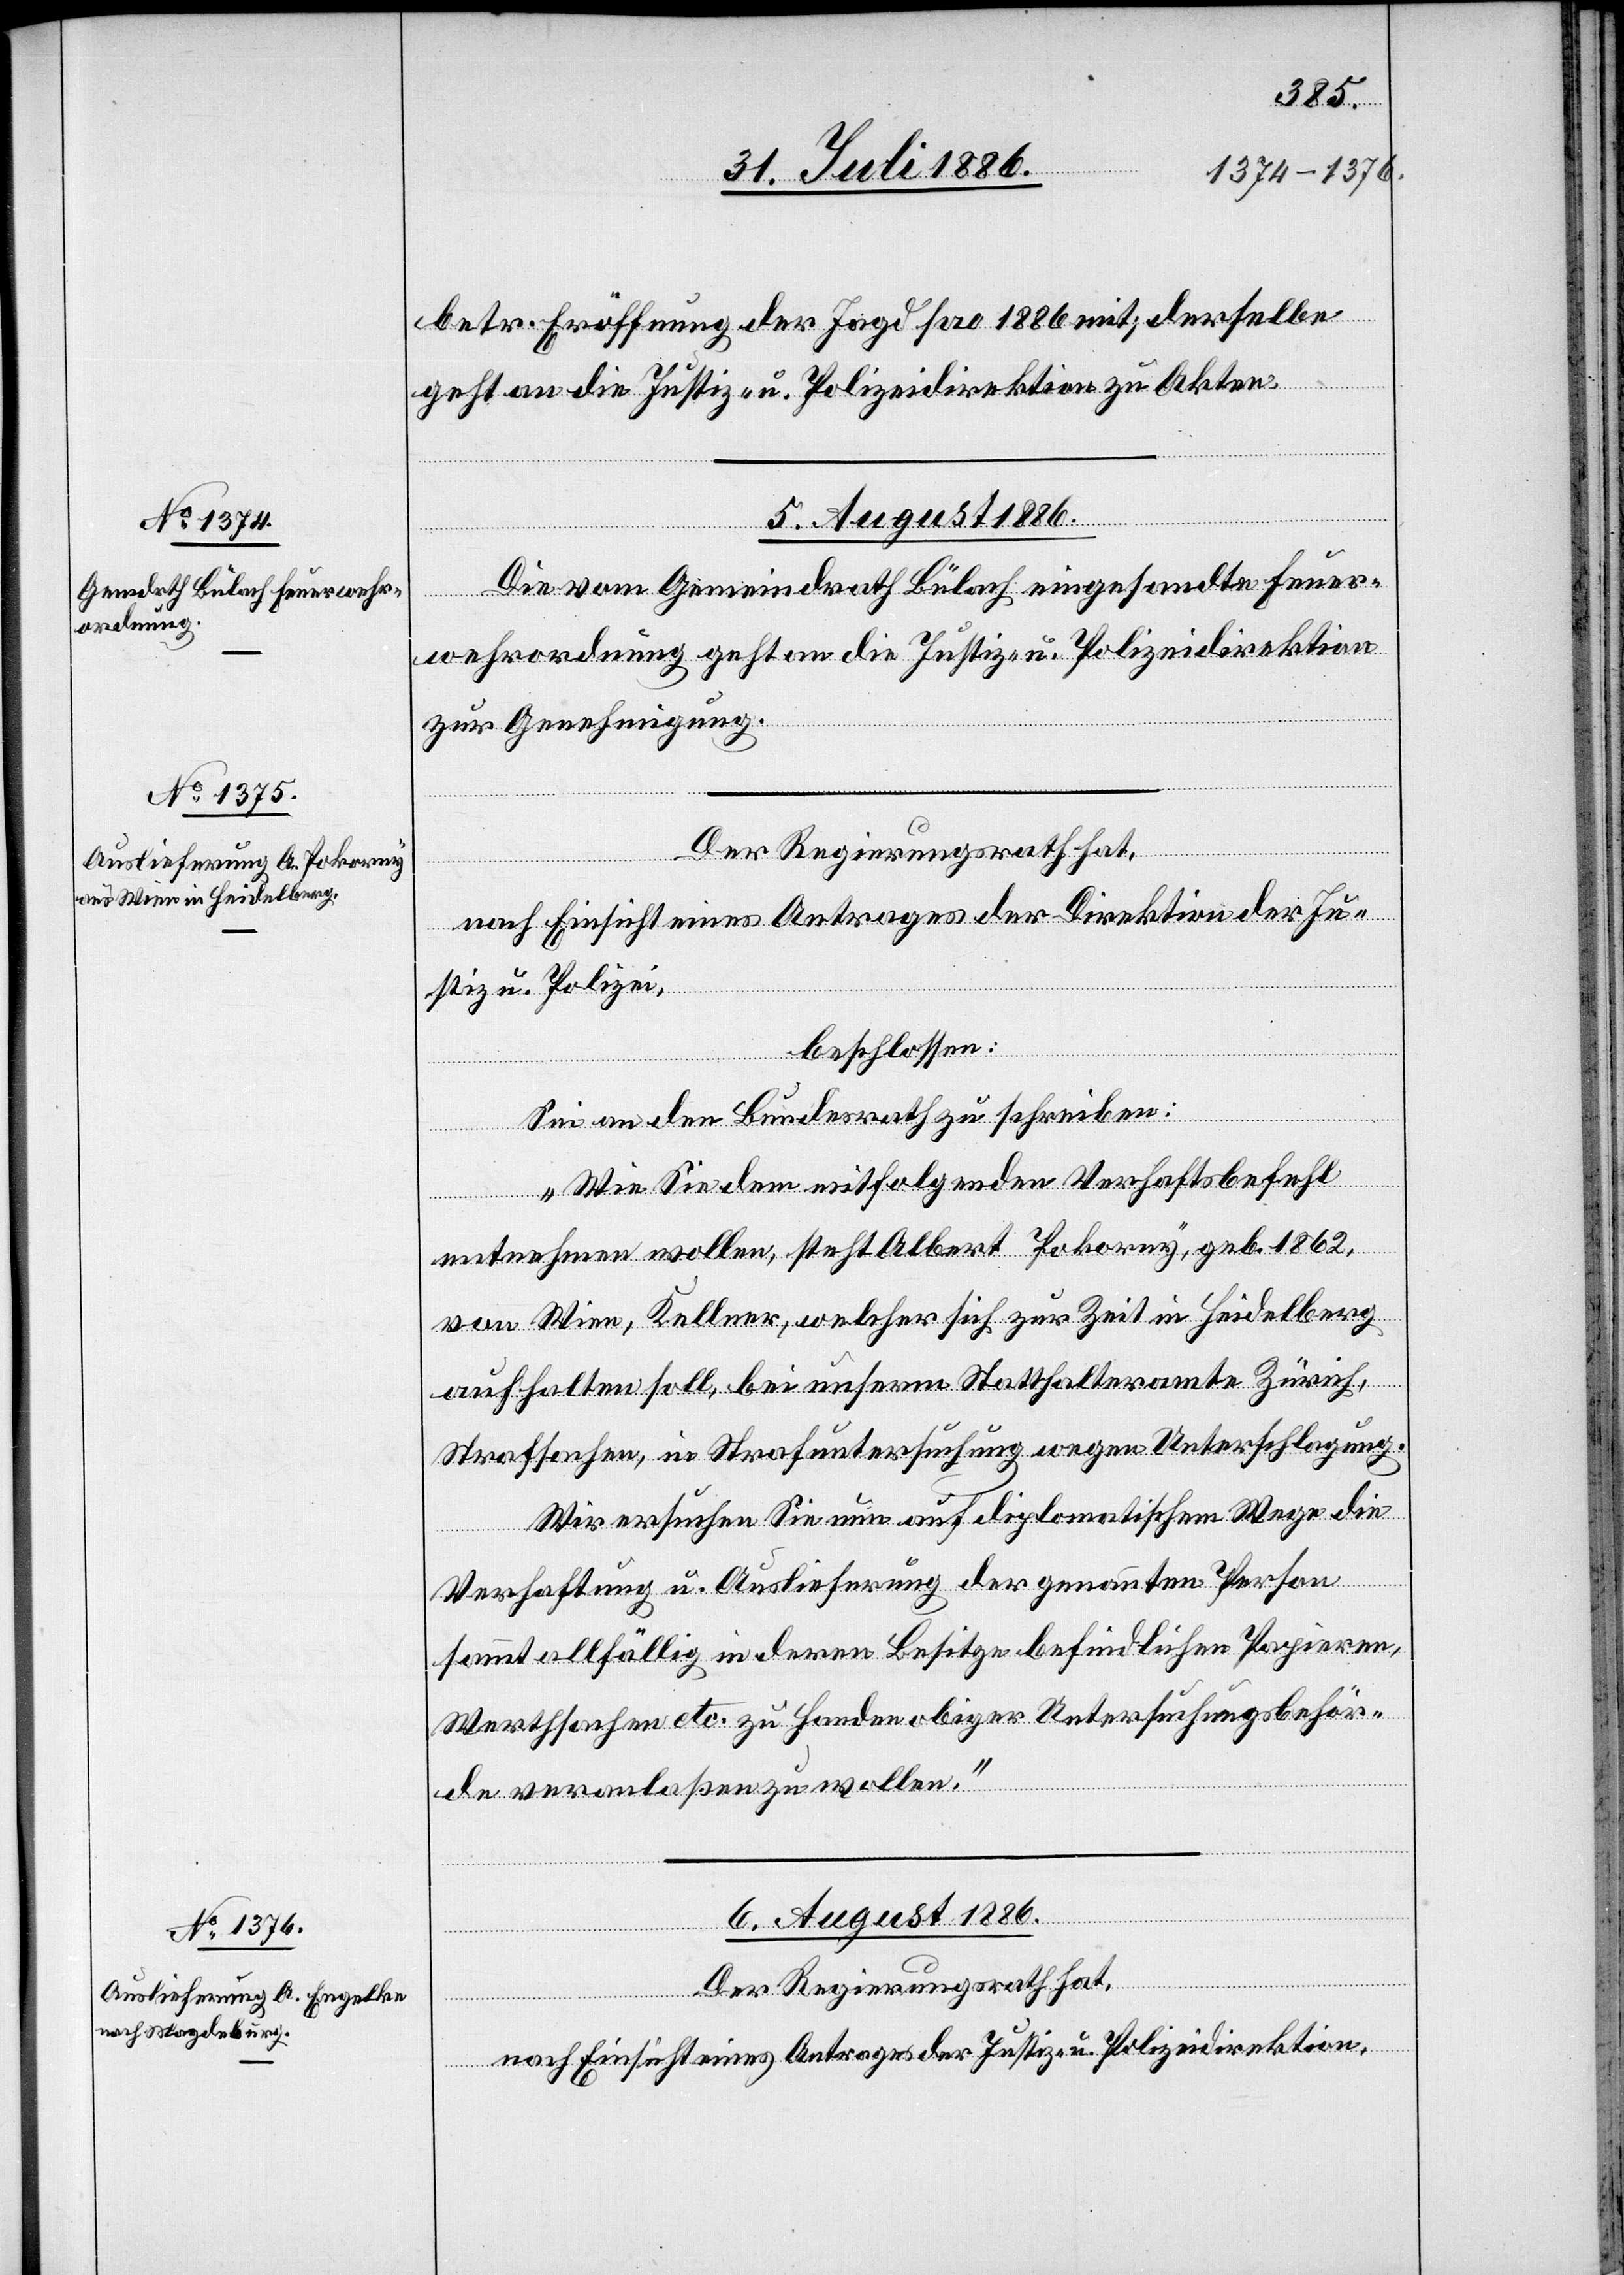
betr. Eröffnung der Jagd pro 1886 mit; derselbe
geht an die Justiz- u. Polizeidirektion zu Akten.
5. August 1886.]
Die vom Gemeindrath Bülach eingesandte Feuer¬
wehrordnung geht an die Justiz- u. Polizeidirektion
fügungen]
zur Genehmigung.
Der Regierungsrath hat,
nach Einsicht eines Antrages der Direktion der Ju¬
stiz u. Polizei,
beschlossen:
Sei an den Bundesrath zu schreiben:
„Wie Sie dem mitfolgenden Verhaftsbefehl
entnehmen wollen, steht Albert Pokorny, geb. 1862,
von Wien, Kellner, welcher sich zur Zeit in Heidelberg
aufhalten soll, bei unserm Statthalteramte Zürich,
Strafsachen, in Strafuntersuchung wegen Unterschlagung.
Wir ersuchen Sie nun auf diplomatischem Wege die
ügungen
Verhaftung u. Auslieferung der genannten Person
sammt allfällig in deren Besitze befindlichen Papieren,
Werthsachen etc. zu Handen obiger Untersuchungsbehör¬
de veranlaßen zu wollen.“
6. August 1886.
Der Regierungsrath hat,
nach Einsicht eines Antrages der Justiz- u. Polizeidirektion,